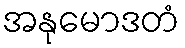
အနုမောဒတံ